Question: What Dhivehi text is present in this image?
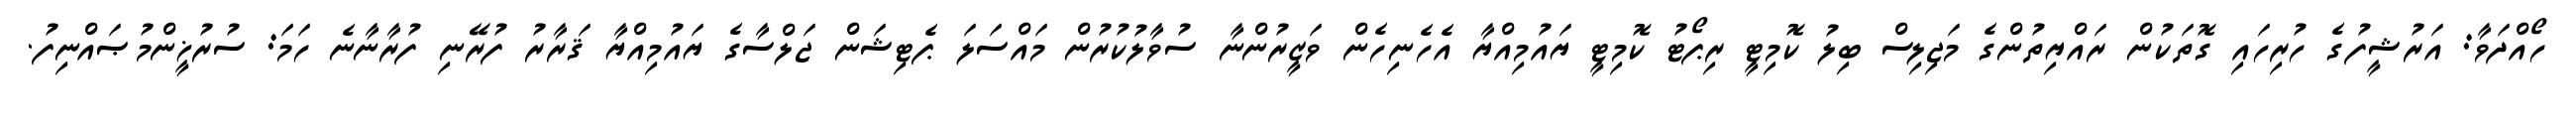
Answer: ހޯއްދަވާ: އަރުޝީފުގެ ހުރިހައި ގޮތަކުން ރައްޔިތުންގެ މަޖިލިސް ބިލު ކޮމިޓީ ރިޕޯޓު ކޮމިޓީ ޔައުމިއްޔާ އެހެނިހެން ވަޒީރުންނާ ސުވާލުކުރުން މައްސަލަ ޕެޓިޝަން ޖަލްސާގެ ޔައުމިއްޔާ ޤަރާރު ފުރޭނި ފުރާނާނެ ހަމަ: ސުރުޚީންމުޞައްނިފު.